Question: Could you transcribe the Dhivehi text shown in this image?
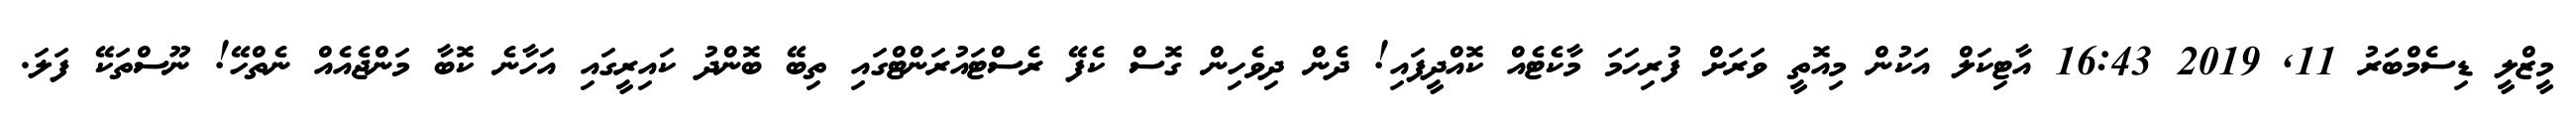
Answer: މީޒްލީ ޑިސެމްބަރު 11, 2019 16:43 އާޓިކަލް އަކުން މިއޮތީ ވަރަށް ފުރިހަމަ މާކެޓެއް ކޮއްދީފައި! ދެން ދިވެހިން ގޮސް ކެފޭ ރެސްޓައުރަންޓްގައި ތިބޭ ބޮންދު ކައިރީގައި އަހާނެ ކޮބާ މަންޖެއެއް ނެތްހޭ! ނޫސްތަކޭ ފަލަ.